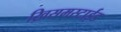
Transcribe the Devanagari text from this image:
ख्रिसमस्टाईड